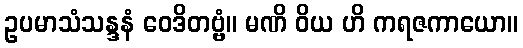
ဥပမာသံသန္ဒနံ ဝေဒိတဗ္ဗံ။ မဏိ ဝိယ ဟိ ကရဇကာယော။